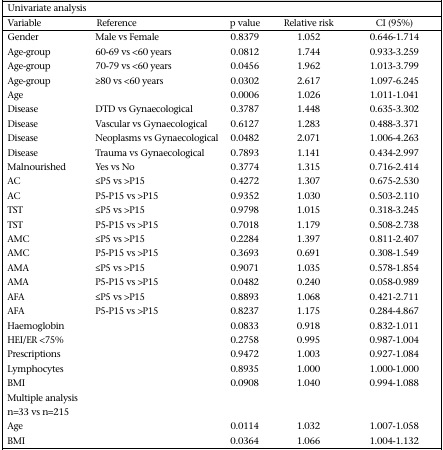
<table><thead><tr><td colspan="5"><b>Univariate analysis</b></td></tr><tr><td><b>Variable</b></td><td><b>Reference</b></td><td><b>p value</b></td><td><b>Relative risk</b></td><td><b>CI (95%)</b></td></tr></thead><tbody><tr><td>Gender</td><td>Male vs Female</td><td>0.8379</td><td>1.052</td><td>0.646-1.714</td></tr><tr><td>Age-group</td><td>60-69 vs &lt;60 years</td><td>0.0812</td><td>1.744</td><td>0.933-3.259</td></tr><tr><td>Age-group</td><td>70-79 vs &lt;60 years</td><td>0.0456</td><td>1.962</td><td>1.013-3.799</td></tr><tr><td>Age-group</td><td>≥80 vs &lt;60 years</td><td>0.0302</td><td>2.617</td><td>1.097-6.245</td></tr><tr><td>Age</td><td></td><td>0.0006</td><td>1.026</td><td>1.011-1.041</td></tr><tr><td>Disease</td><td>DTD vs Gynaecological</td><td>0.3787</td><td>1.448</td><td>0.635-3.302</td></tr><tr><td>Disease</td><td>Vascular vs Gynaecological</td><td>0.6127</td><td>1.283</td><td>0.488-3.371</td></tr><tr><td>Disease</td><td>Neoplasms vs Gynaecological</td><td>0.0482</td><td>2.071</td><td>1.006-4.263</td></tr><tr><td>Disease</td><td>Trauma vs Gynaecological</td><td>0.7893</td><td>1.141</td><td>0.434-2.997</td></tr><tr><td>Malnourished</td><td>Yes vs No</td><td>0.3774</td><td>1.315</td><td>0.716-2.414</td></tr><tr><td>AC</td><td>≤P5 vs &gt;P15</td><td>0.4272</td><td>1.307</td><td>0.675-2.530</td></tr><tr><td>AC</td><td>P5-P15 vs &gt;P15</td><td>0.9352</td><td>1.030</td><td>0.503-2.110</td></tr><tr><td>TST</td><td>≤P5 vs &gt;P15</td><td>0.9798</td><td>1.015</td><td>0.318-3.245</td></tr><tr><td>TST</td><td>P5-P15 vs &gt;P15</td><td>0.7018</td><td>1.179</td><td>0.508-2.738</td></tr><tr><td>AMC</td><td>≤P5 vs &gt;P15</td><td>0.2284</td><td>1.397</td><td>0.811-2.407</td></tr><tr><td>AMC</td><td>P5-P15 vs &gt;P15</td><td>0.3693</td><td>0.691</td><td>0.308-1.549</td></tr><tr><td>AMA</td><td>≤P5 vs &gt;P15</td><td>0.9071</td><td>1.035</td><td>0.578-1.854</td></tr><tr><td>AMA</td><td>P5-P15 vs &gt;P15</td><td>0.0482</td><td>0.240</td><td>0.058-0.989</td></tr><tr><td>AFA</td><td>≤P5 vs &gt;P15</td><td>0.8893</td><td>1.068</td><td>0.421-2.711</td></tr><tr><td>AFA</td><td>P5-P15 vs &gt;P15</td><td>0.8237</td><td>1.175</td><td>0.284-4.867</td></tr><tr><td>Haemoglobin</td><td></td><td>0.0833</td><td>0.918</td><td>0.832-1.011</td></tr><tr><td>HEI/ER &lt;75%</td><td></td><td>0.2758</td><td>0.995</td><td>0.987-1.004</td></tr><tr><td>Prescriptions</td><td></td><td>0.9472</td><td>1.003</td><td>0.927-1.084</td></tr><tr><td>Lymphocytes</td><td></td><td>0.8935</td><td>1.000</td><td>1.000-1.000</td></tr><tr><td>BMI</td><td></td><td>0.0908</td><td>1.040</td><td>0.994-1.088</td></tr><tr><td>Multiple analysis</td><td></td><td></td><td></td></tr><tr><td>n=33 vs n=215</td><td></td><td></td><td></td><td></td></tr><tr><td>Age</td><td></td><td>0.0114</td><td>1.032</td><td>1.007-1.058</td></tr><tr><td>BMI</td><td></td><td>0.0364</td><td>1.066</td><td>1.004-1.132</td></tr></tbody></table>